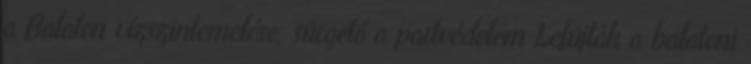
a Balaton vízszintemelése, sürgető a partvédelem Lefújták a balatoni